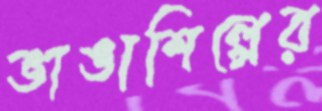
ভাঙাশিল্পের